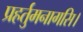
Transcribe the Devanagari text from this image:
प्रहर्तुमनागसि।